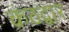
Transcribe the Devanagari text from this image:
कंठद्वार